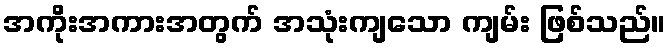
အကိုးအကားအတွက် အသုံးကျသော ကျမ်း ဖြစ်သည်။